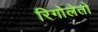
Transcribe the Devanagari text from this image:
रिगोलेतो